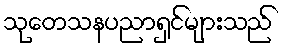
သုတေသနပညာရှင်များသည်